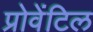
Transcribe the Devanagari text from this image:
प्रोवेंटिल